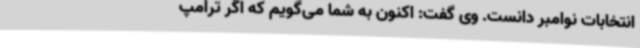
انتخابات نوامبر دانست. وی گفت: اکنون به شما می‌گویم که اگر ترامپ